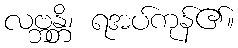
လဗ္ဘန္တိ၊ ရအပ်ကုန်၏။